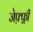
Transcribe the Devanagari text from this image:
जेफ़्फ़्री